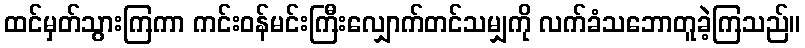
ထင်မှတ်သွားကြကာ ကင်းဝန်မင်းကြီးလျှောက်တင်သမျှကို လက်ခံသဘောတူခဲ့ကြသည်။